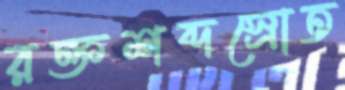
রক্তশব্দস্রোত